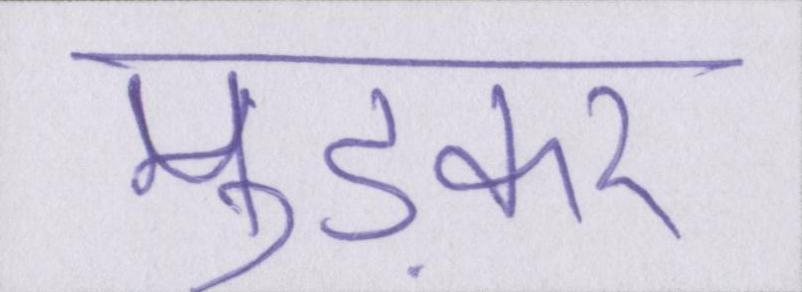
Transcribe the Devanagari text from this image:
मुड़कर